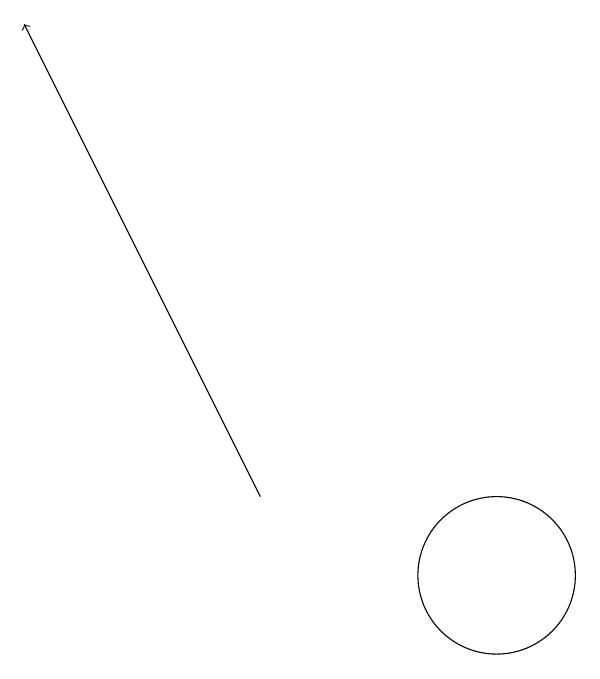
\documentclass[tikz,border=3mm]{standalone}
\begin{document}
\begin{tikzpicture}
\draw (11,12) circle (0);
\draw (12,11) circle (1);
\draw[->] (9,12) -- (6,18);
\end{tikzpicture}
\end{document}